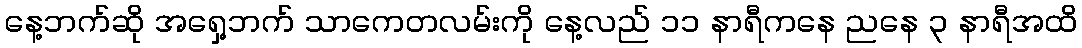
နေ့ဘက်ဆို အရှေ့ဘက် သာကေတလမ်းကို နေ့လည် ၁၁ နာရီကနေ ညနေ ၃ နာရီအထိ